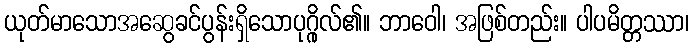
ယုတ်မာသောအဆွေခင်ပွန်းရှိသောပုဂ္ဂိုလ်၏။ ဘာဝေါ၊ အဖြစ်တည်း။ ပါပမိတ္တဿာ၊